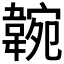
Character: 𩎺